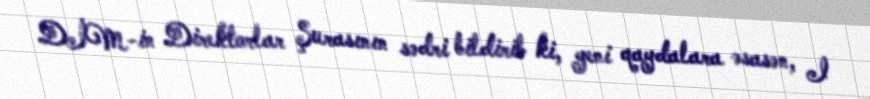
DİM-in Direktorlar Şurasının sədri bildirib ki, yeni qaydalara əsasən, I